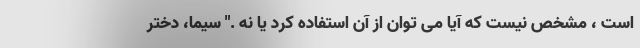
است ، مشخص نیست که آیا می توان از آن استفاده کرد یا نه ." سیما، دختر